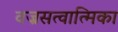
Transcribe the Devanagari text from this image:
वज्रसत्वात्मिका